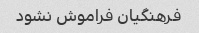
فرهنگیان فراموش نشود